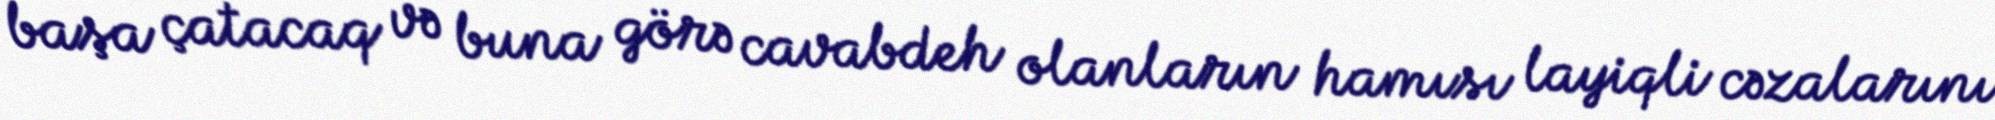
başa çatacaq və buna görə cavabdeh olanların hamısı layiqli cəzalarını